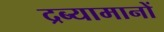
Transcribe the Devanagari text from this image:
द्रब्यामानों